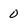
Character: 0